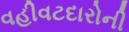
વહીવટદારોની